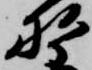
野